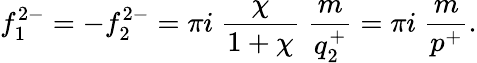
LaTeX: f_{1}^{2-}=-f_{2}^{2-}=\pi i\; \frac{\chi}{1+\chi}\; \frac{m}{q_{2}^{+}}=\pi i\; \frac{m}{p^{+}}.